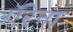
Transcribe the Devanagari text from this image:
ऍरेना